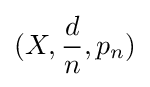
(X,{\frac {d}{n}},p_{n})